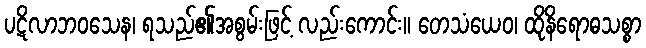
ပဋိလာဘဝသေန၊ ရသည်၏အစွမ်းဖြင့် လည်းကောင်း။ တေသံယေဝ၊ ထိုနိရောဓသစ္စာ